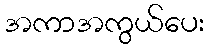
အကာအကွယ်ပေး